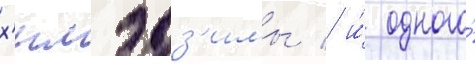
х'имэдз'имы / и́ одного́